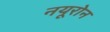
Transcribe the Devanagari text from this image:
नयूरोन